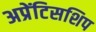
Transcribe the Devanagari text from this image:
अप्रेंटिसशिप